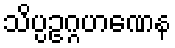
သိပ္ပဥဂ္ဂဟဏေန